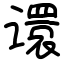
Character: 𫍽